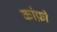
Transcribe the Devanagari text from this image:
कांफ़ी